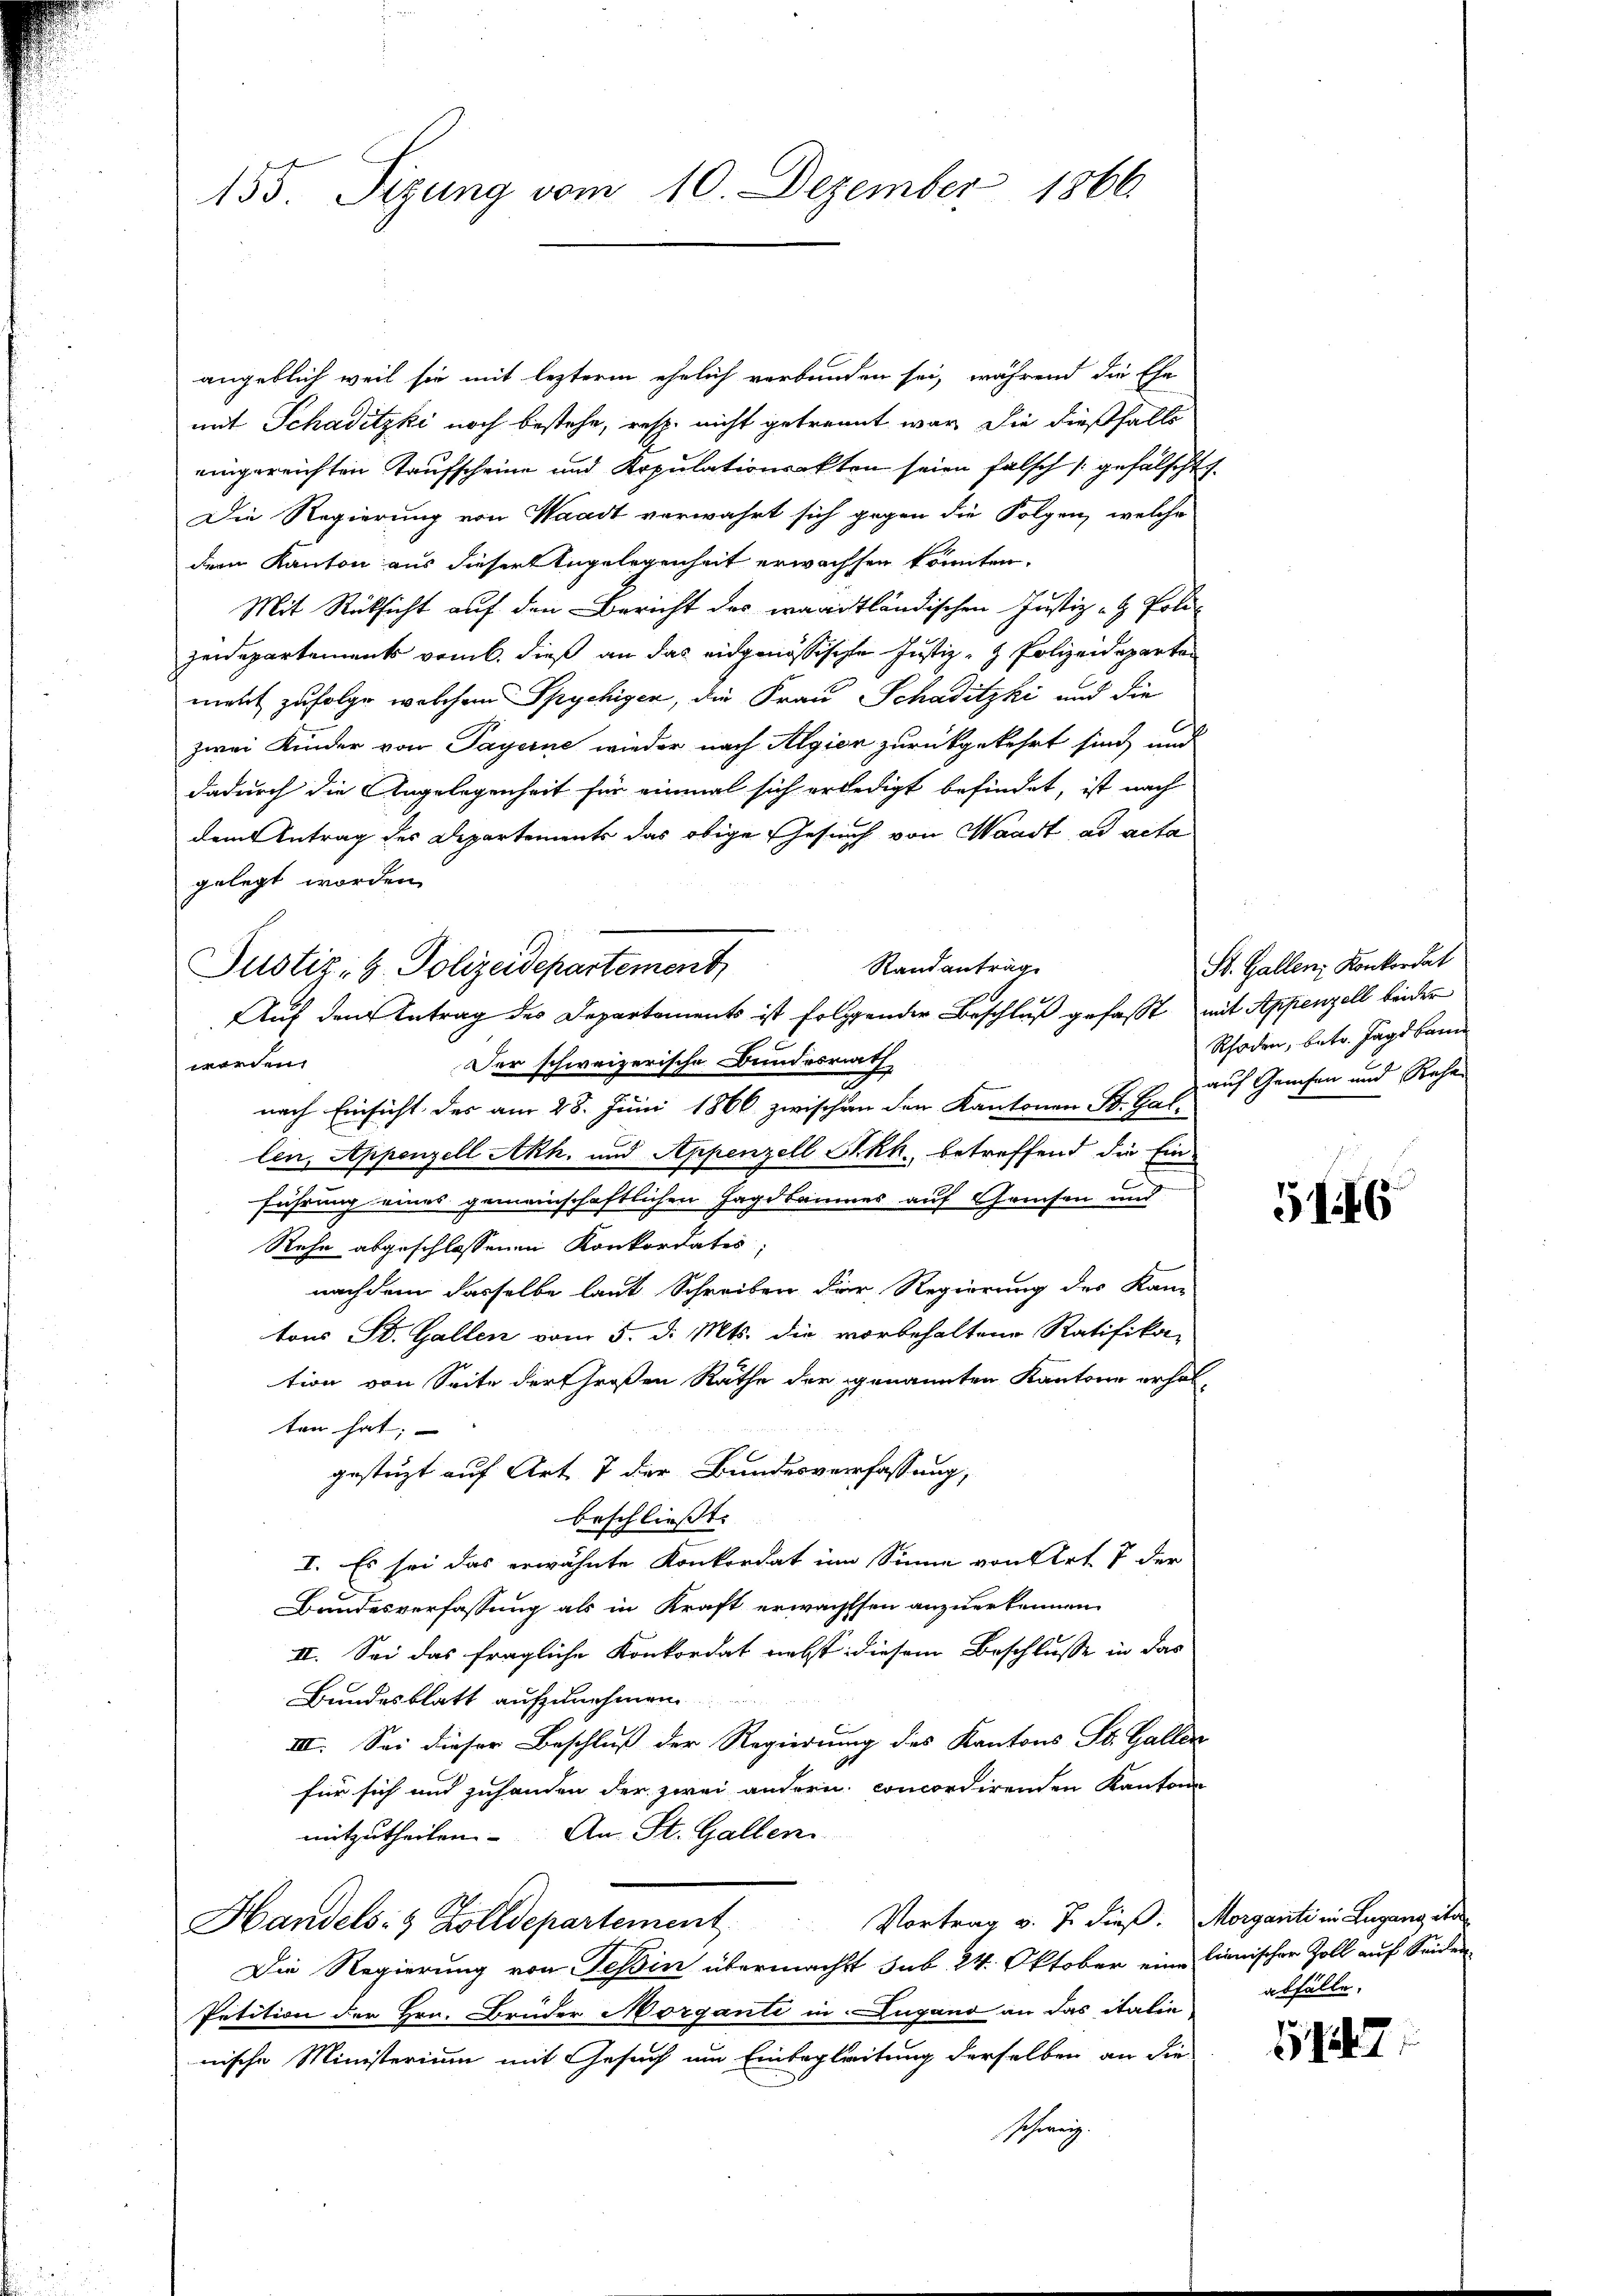
155. Sizung vom 10. Dezember 1866.

angeblich weil sie mit lezterm ehelich verbunden sei, während die Ehe
mit Schaditzki noch bestehe, resp. nicht getrennt war die dießfalls
eingereichten Taufscheine und Kopulationsakten seien falsch gefälscht
Die Regierung von Waadt verwahrt sich gegen die Folgen, welche
dem Kanton aus dieser Angelegenheit erwachsen könnten.
Mit Rücksicht auf den Bericht des waadtländischen Justiz - Poli-
zeidepartements vorb. dieß an das eidgenössische Justiz- & Polizeideparten
meht zufolge welchem Spychigen, die Frau Schaditzki und die
zwei Kinder von Payerne wieder nach Algien zurückgekehrt sind und
dadurch die Angelegenheit für einmal sich erledigt befindet, ist nach
dem Antrag des Departements das obige Gesuch von Waadt ad acta
gelegt worden.
Randantrag
Der schweizerische Bundesrath
e
nach Einsicht des am 28. Juni 1866 zwischen den Kantonen Sr. Hat auf Gewesen und Rache
len, Appenzell Akh. und Appenzell Skk. betreffend die Ein-
führung eines gemeinschaftlichen Hagekannes auf Gamsen und
Rehe abgeschlossenen Konkordates
nachdem dasselbe laut Schreiben der Regierung des Kan-
tons St. Gallen vom 5. d. Mts. die vorbehaltene Ratifika-
tion von Seite der Großen Räthe der genannten Kantone erhal-
ten hat;
gesteigt auf Art. 7 der Bundesverfassung,
beschließt:
I. Es sei das erwähnte Konkordat im Sinne von Art. 7 der
Bandesverfassung als in Kraft erwachsten anzuerkennen
II. Sei das fragliche Konkordat nebst diesem Beschlusse in das
Bundesblatt aufzunehmen
IIII. Sei dieser Beschluß der Regierung des Kantons St. Gallen
für sich und zuhanden der zwei andern concordirenden Kanton
mitzutheilen. An St. Gallen
Vortrag v. J. dieß. Morganti in Lugang ihre
Handels- & Zolldepartement
Die Regierung von Tessin übermacht sub. 24. Oktober eine lienischer Zoll auf Seiden
Petition der Hrn. Brüder Morganti in Lugand an das italie
nische Ministerium mit Gesuch um Einbegleitung derselben an die
Schweiz.

Justiz, H. Polizeidepartement
Auf den Antrag des Departements ist folgender Beschluß gefasst mit Appenzell beider

St. Gallen, Konkordat
Schaden, betr. Jagd kam

5146

abfälle.

517.